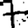
Digit: 7